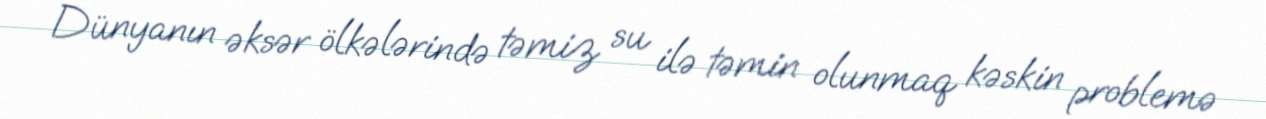
Dünyanın əksər ölkələrində təmiz su ilə təmin olunmaq kəskin problemə